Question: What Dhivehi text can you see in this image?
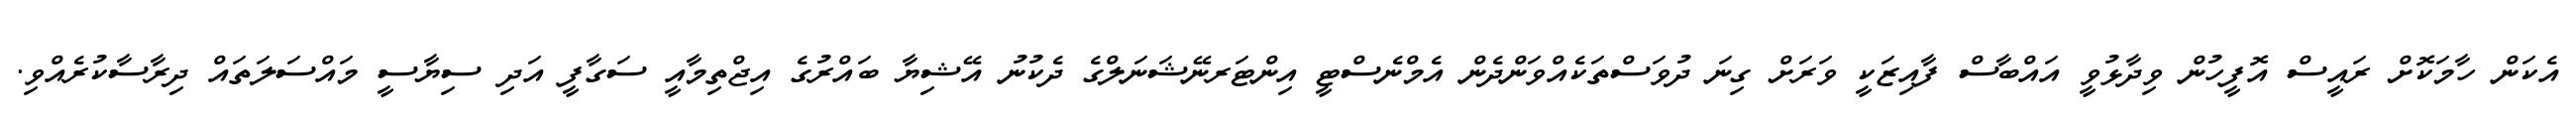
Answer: އެކަން ހާމަކޮށް ރައީސް އޮފީހުން ވިދާޅުވީ އައްބާސް ފާއިޒަކީ ވަރަށް ގިނަ ދުވަސްތަކެއްވަންދެން އެމްނެސްޓީ އިންޓަރނޭޝަނަލްގެ ދެކުނު އޭޝިޔާ ބައްރުގެ އިޖްތިމާއީ ސަގާފީ އަދި ސިޔާސީ މައްސަލަތައް ދިރާސާކުރެއްވި.